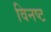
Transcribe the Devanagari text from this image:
विनष्‍ट